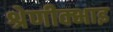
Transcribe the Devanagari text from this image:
श्रेणीक्भाइ